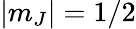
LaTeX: |m_{J}|=1/2